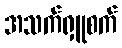
အသက်ရှူစက်